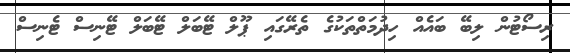
ރިސޯޓުން ލިބޭ ބައެއް ހިދުމަތްތަކުގެ ތެރޭގައި ޕޫލް ޓޭބަލް ޓޭބަލް ޓޭނިސް ޓެނިސް